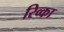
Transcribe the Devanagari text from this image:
रिव्का